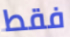
فقط